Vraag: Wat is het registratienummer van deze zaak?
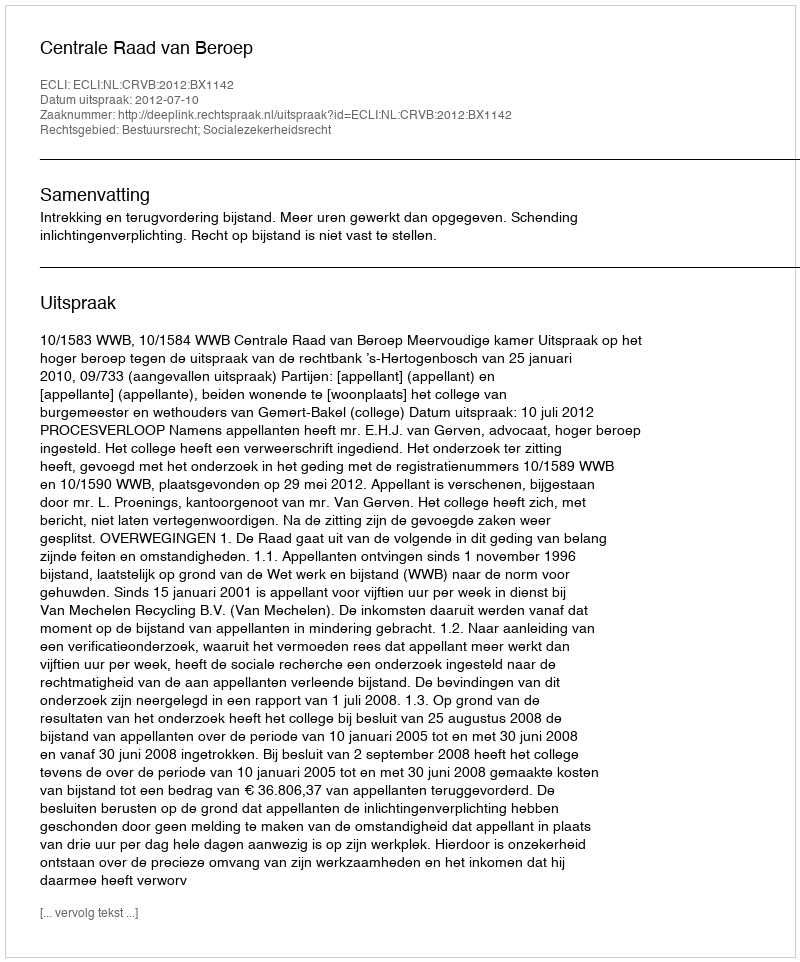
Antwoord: http://deeplink.rechtspraak.nl/uitspraak?id=ECLI:NL:CRVB:2012:BX1142